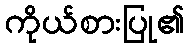
ကိုယ်စားပြု၏